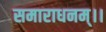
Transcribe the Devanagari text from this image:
समाराधनम्।।